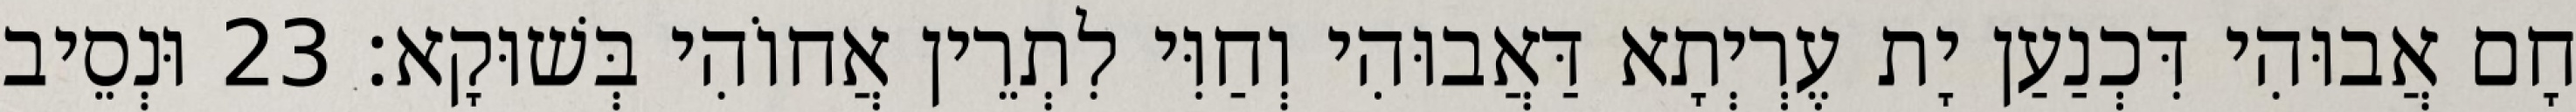
חָם אֲבוּהִי דִּכְנַעַן יָת עֶרְיְתָא דַּאֲבוּהִי וְחַוִּי לִתְרֵין אֲחוֹהִי בְּשׁוּקָא׃ 23 וּנְסֵיב